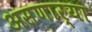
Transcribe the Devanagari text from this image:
असणार्‍या